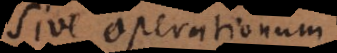
sive operationum